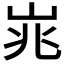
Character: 𪨱